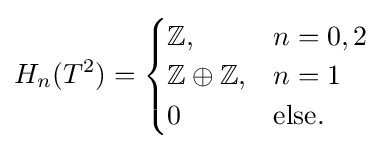
H_{n}(T^{2})={\begin{cases}\mathbb {Z} ,&n=0,2\\\mathbb {Z} \oplus \mathbb {Z} ,&n=1\\0&{\text{else.}}\end{cases}}